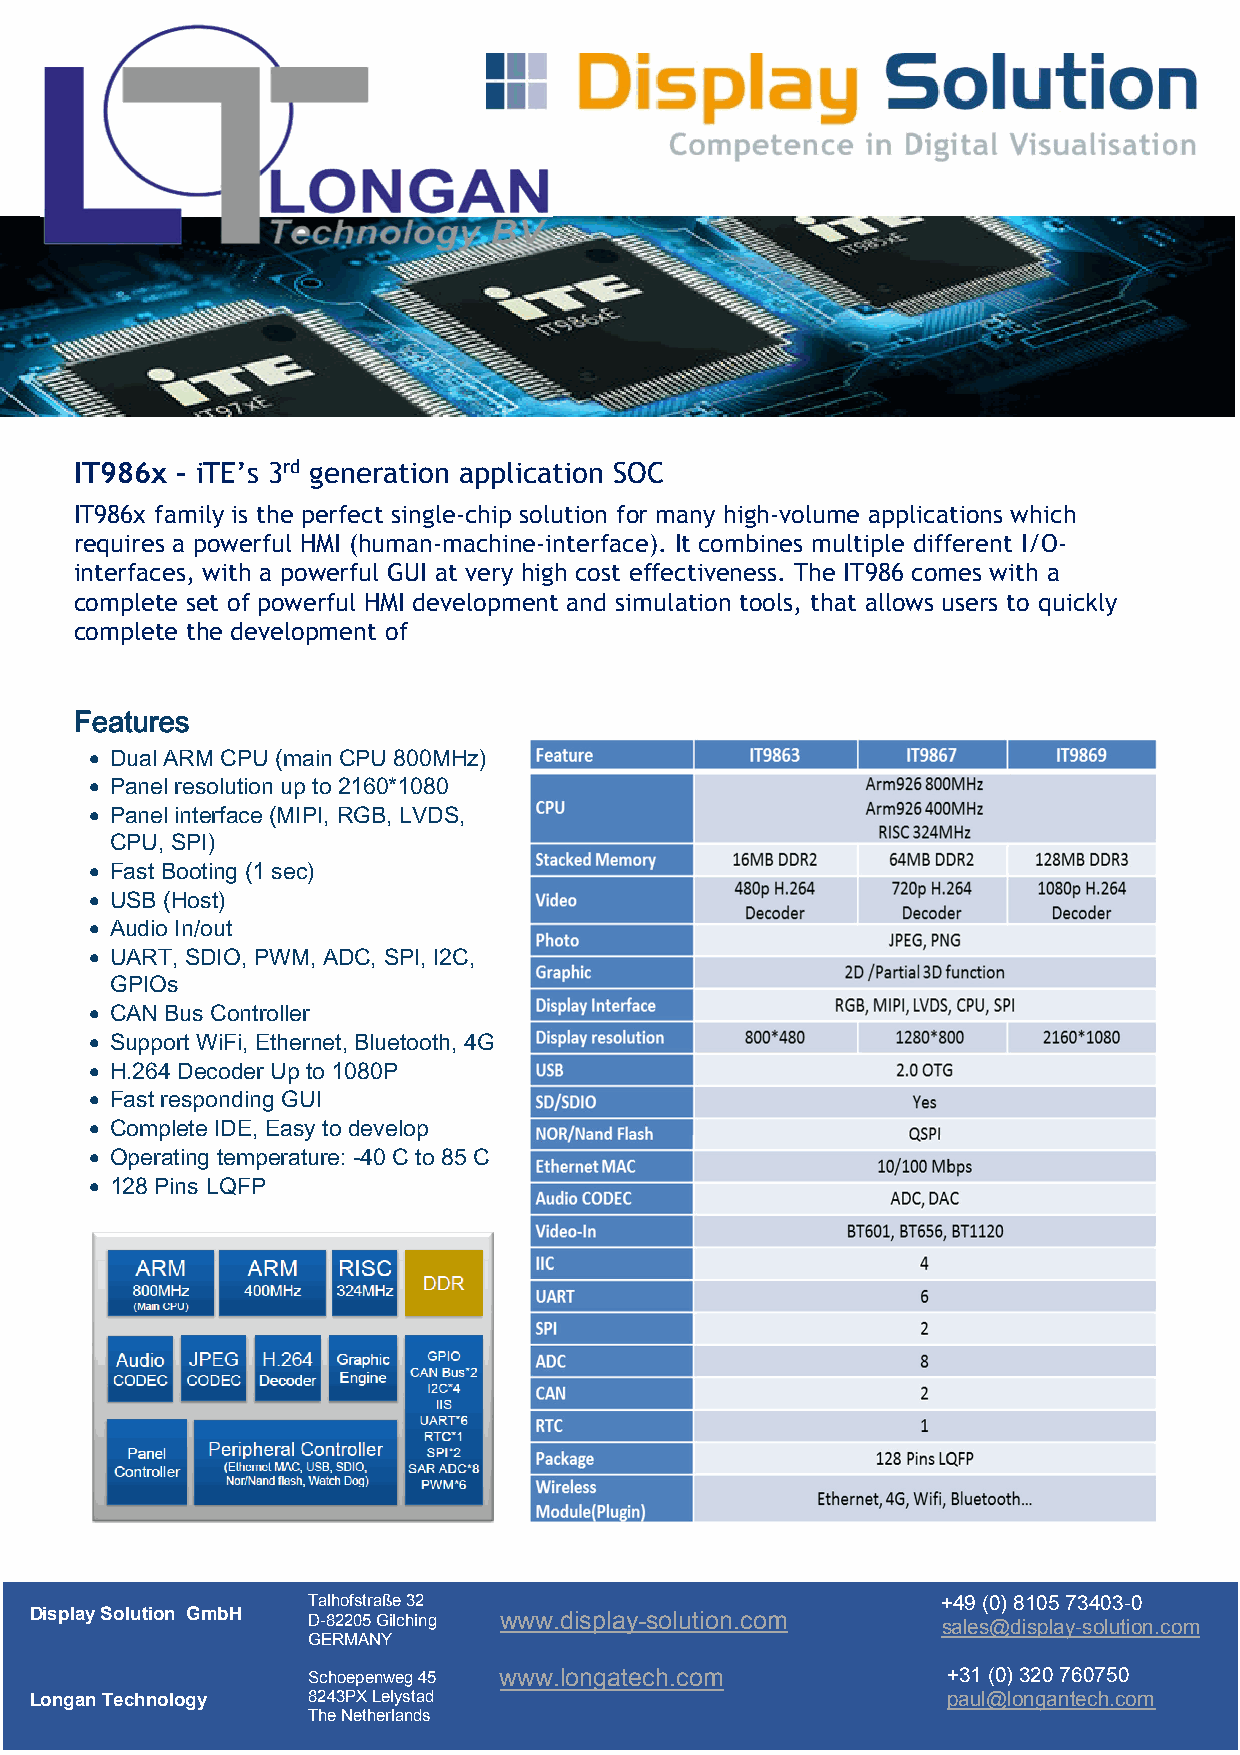
IT986x – iTE’s 3rd generation application SOC
 IT986x family is the perfect single-chip solution for many high-volume applications which
 requires a powerful HMI (human-machine-interface). It combines multiple different I/O-
 interfaces, with a powerful GUI at very high cost effectiveness. The IT986 comes with a
 complete set of powerful HMI development and simulation tools, that allows users to quickly
 complete the development of
 Features
 • Dual ARM CPU (main CPU 800MHz)
 • Panel resolution up to 2160*1080
 • Panel interface (MIPI, RGB, LVDS,
 CPU, SPI)
 • Fast Booting (1 sec)
 • USB (Host)
 • Audio In/out
 • UART, SDIO, PWM, ADC, SPI, I2C,
 GPIOs
 • CAN Bus Controller
 • Support WiFi, Ethernet, Bluetooth, 4G
 • H.264 Decoder Up to 1080P
 • Fast responding GUI
 • Complete IDE, Easy to develop
 • Operating temperature: -40°C to 85°C
 • 128 Pins LQFP
 Talhofstraße 32                           +49 (0) 8105 73403-0
 Displ ay Solution GmbH D-82205 Gilching www.display-solution.com sales@display-solution.com
 GERMANY
 Schoepenweg 45 www.longatech.com           +31 (0) 320 760750
 Longan Technology 8243PX Lelystad                            paul@longantech.com
 The Netherlands